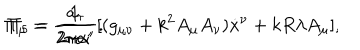
\Pi _ { \mu } = \frac { 1 } { 2 \pi \alpha ^ { \prime } } [ ( g _ { \mu \nu } + k ^ { 2 } A _ { \mu } A _ { \nu } ) { \dot { x } } ^ { \nu } + k R \lambda A _ { \mu } ] , \hspace { 2 0 m m } \Pi _ { 5 } = \frac { a _ { \tau } } { 2 \pi { \alpha ^ { \prime } } } .